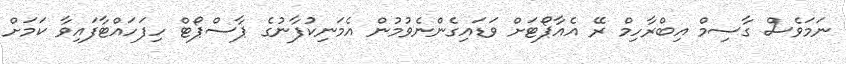
ނަމަވެސް ގާސިމް އިބްރާހިމް ރޭ އެއާޕޯޓަށް ވަޑައިގެންނެވުމުން އެމަނިކުފާނުގެ ޕާސްޕޯޓް ހިފަހައްޓާފައިވާ ކަމަށް